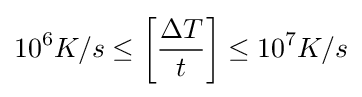
10^{6}K/s\leq \left[{\frac {\Delta T}{t}}\right]\leq 10^{7}K/s